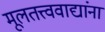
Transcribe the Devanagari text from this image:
मूलतत्त्ववाद्यांना